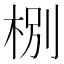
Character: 㭭